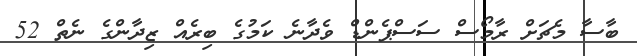
ބާސާ މެޗަށް ރާމޯސް ސަސްޕެންޑް ވެދާނެ ކަމުގެ ބިރެއް ޒިދާންގެ ނެތް 52